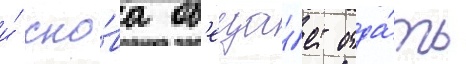
и́ сно́ва об'еща́ет отда́ть